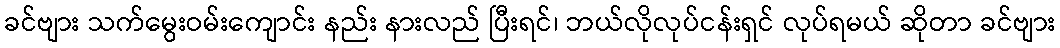
ခင်ဗျား သက်မွေးဝမ်းကျောင်း နည်း နားလည် ပြီးရင်၊ ဘယ်လိုလုပ်ငန်းရှင် လုပ်ရမယ် ဆိုတာ ခင်ဗျား